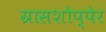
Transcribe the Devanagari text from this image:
ग्रासशोप्पेर